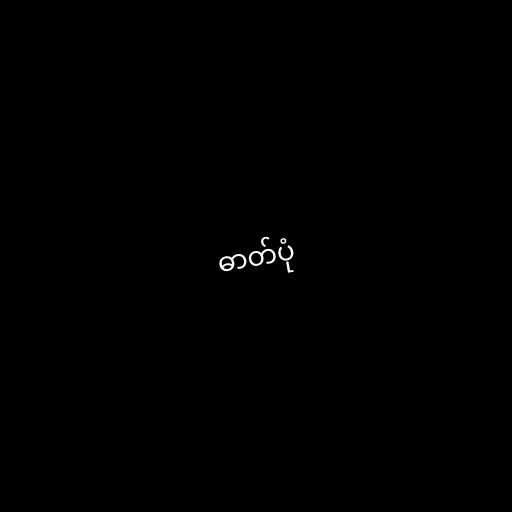
ဓာတ်ပုံ